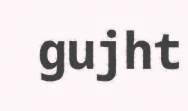
gujht